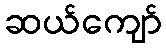
ဆယ်ကျော်